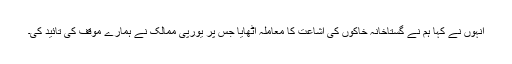
انہوں نے کہا ہم نے گستاخانہ خاکوں کی اشاعت کا معاملہ اٹھایا جس پر یورپی ممالک نے ہمارے موقف کی تائید کی۔